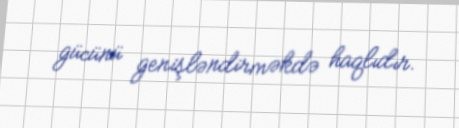
gücünü genişləndirməkdə haqlıdır.